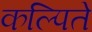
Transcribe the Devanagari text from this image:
कल्पिते